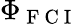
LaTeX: \Phi_{\mathrm{~F~C~I~}}